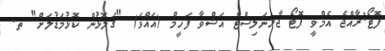
ފޮޓޯ:ރާއްޖެ އެމްވީ ފޮޓޯ ޖާރނަލިސްޓް އަޝްވާ ފަހީމް (އައްވަ) "ގަލޮޅުން ކޮޅުމަޑުލަށް" ތ.